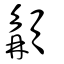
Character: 𩓿